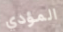
المؤدي